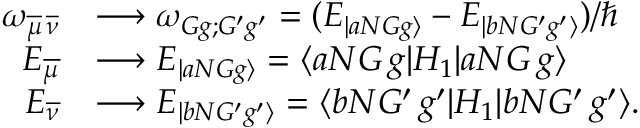
\begin{array} { r l } { \omega _ { \overline { { \mu } } \, \overline { { \nu } } } } & { \longrightarrow \omega _ { G g ; G ^ { \prime } g ^ { \prime } } = ( E _ { | a N G g \rangle } - E _ { | b N G ^ { \prime } g ^ { \prime } \rangle } ) / { \hbar } } \\ { E _ { \overline { { \mu } } } } & { \longrightarrow E _ { | a N G g \rangle } = \langle a N G \, g | { H _ { 1 } } | a N G \, g \rangle } \\ { E _ { \overline { { \nu } } } } & { \longrightarrow E _ { | b N G ^ { \prime } g ^ { \prime } \rangle } = \langle b N G ^ { \prime } \, g ^ { \prime } | { H _ { 1 } } | b N G ^ { \prime } \, g ^ { \prime } \rangle . } \end{array}